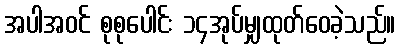
အပါအဝင် စုစုပေါင်း ၁၄အုပ်မျှထုတ်ဝေခဲ့သည်။